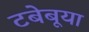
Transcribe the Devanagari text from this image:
टबेबूया